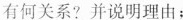
有何关系?并说明理由；